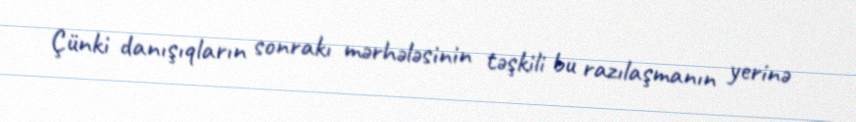
Çünki danışıqların sonrakı mərhələsinin təşkili bu razılaşmanın yerinə